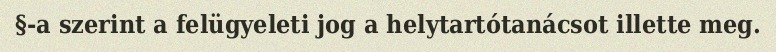
§-a szerint a felügyeleti jog a helytartótanácsot illette meg.